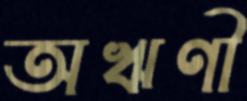
অঋণী